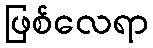
ဖြစ်လေရာ